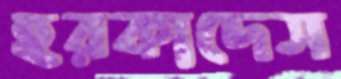
হরকাদেস